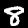
Label: 8